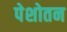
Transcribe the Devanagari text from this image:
पेशोतन